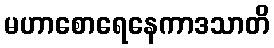
မဟာစောရေနေကာဒသာတိ